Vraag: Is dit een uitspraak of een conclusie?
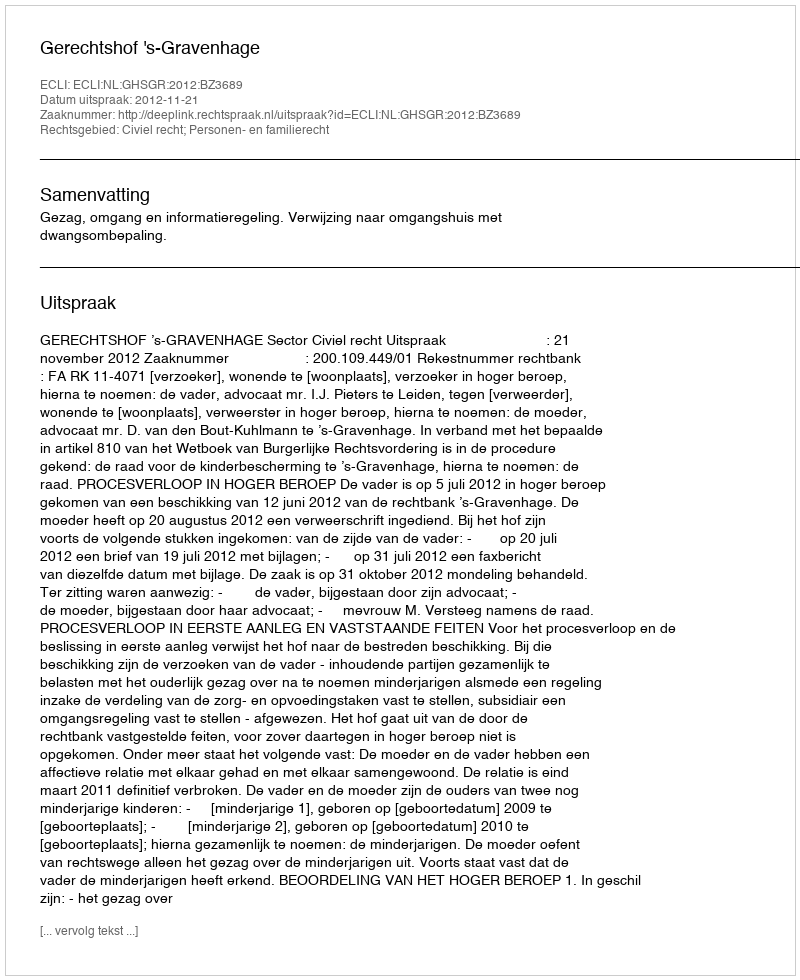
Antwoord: Uitspraak